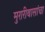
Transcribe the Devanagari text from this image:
मुरारीबासांचा